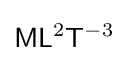
{\mathsf {M}}{\mathsf {L}}^{2}{\mathsf {T}}^{-3}